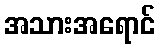
အသားအရောင်